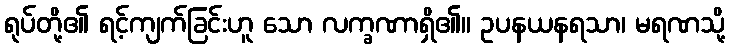
ရုပ်တို့၏ ရင့်ကျက်ခြင်းဟူ သော လက္ခဏာရှိ၏။ ဥပနယနရသာ၊ မရဏသို့